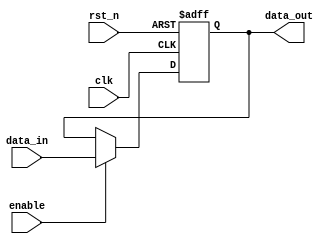
module input_register #(
    parameter WIDTH = 8  // Parameter for the width of the input data
)(
    input wire clk,          // Clock signal
    input wire rst_n,       // Active-low asynchronous reset signal
    input wire enable,       // Enable signal
    input wire [WIDTH-1:0] data_in,  // Input data
    output reg [WIDTH-1:0] data_out   // Output data
);

// Sequential logic block
always @(posedge clk or negedge rst_n) begin
    if (!rst_n) begin
        // Asynchronous reset
        data_out <= {WIDTH{1'b0}}; // Initialize to zero
    end else if (enable) begin
        // Capture input data on clock edge if enabled
        data_out <= data_in;
    end
    // If enable is low, retain previous value of data_out
end

endmodule